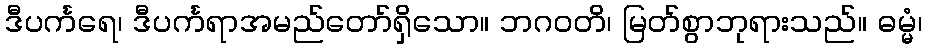
ဒီပင်္ကရေ၊ ဒီပင်္ကရာအမည်တော်ရှိသော။ ဘဂဝတိ၊ မြတ်စွာဘုရားသည်။ ဓမ္မံ၊